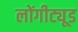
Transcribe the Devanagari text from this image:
लोंगीट्यूड